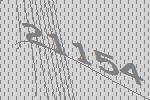
21154